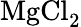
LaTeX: \mathrm{MgCl_{2}}